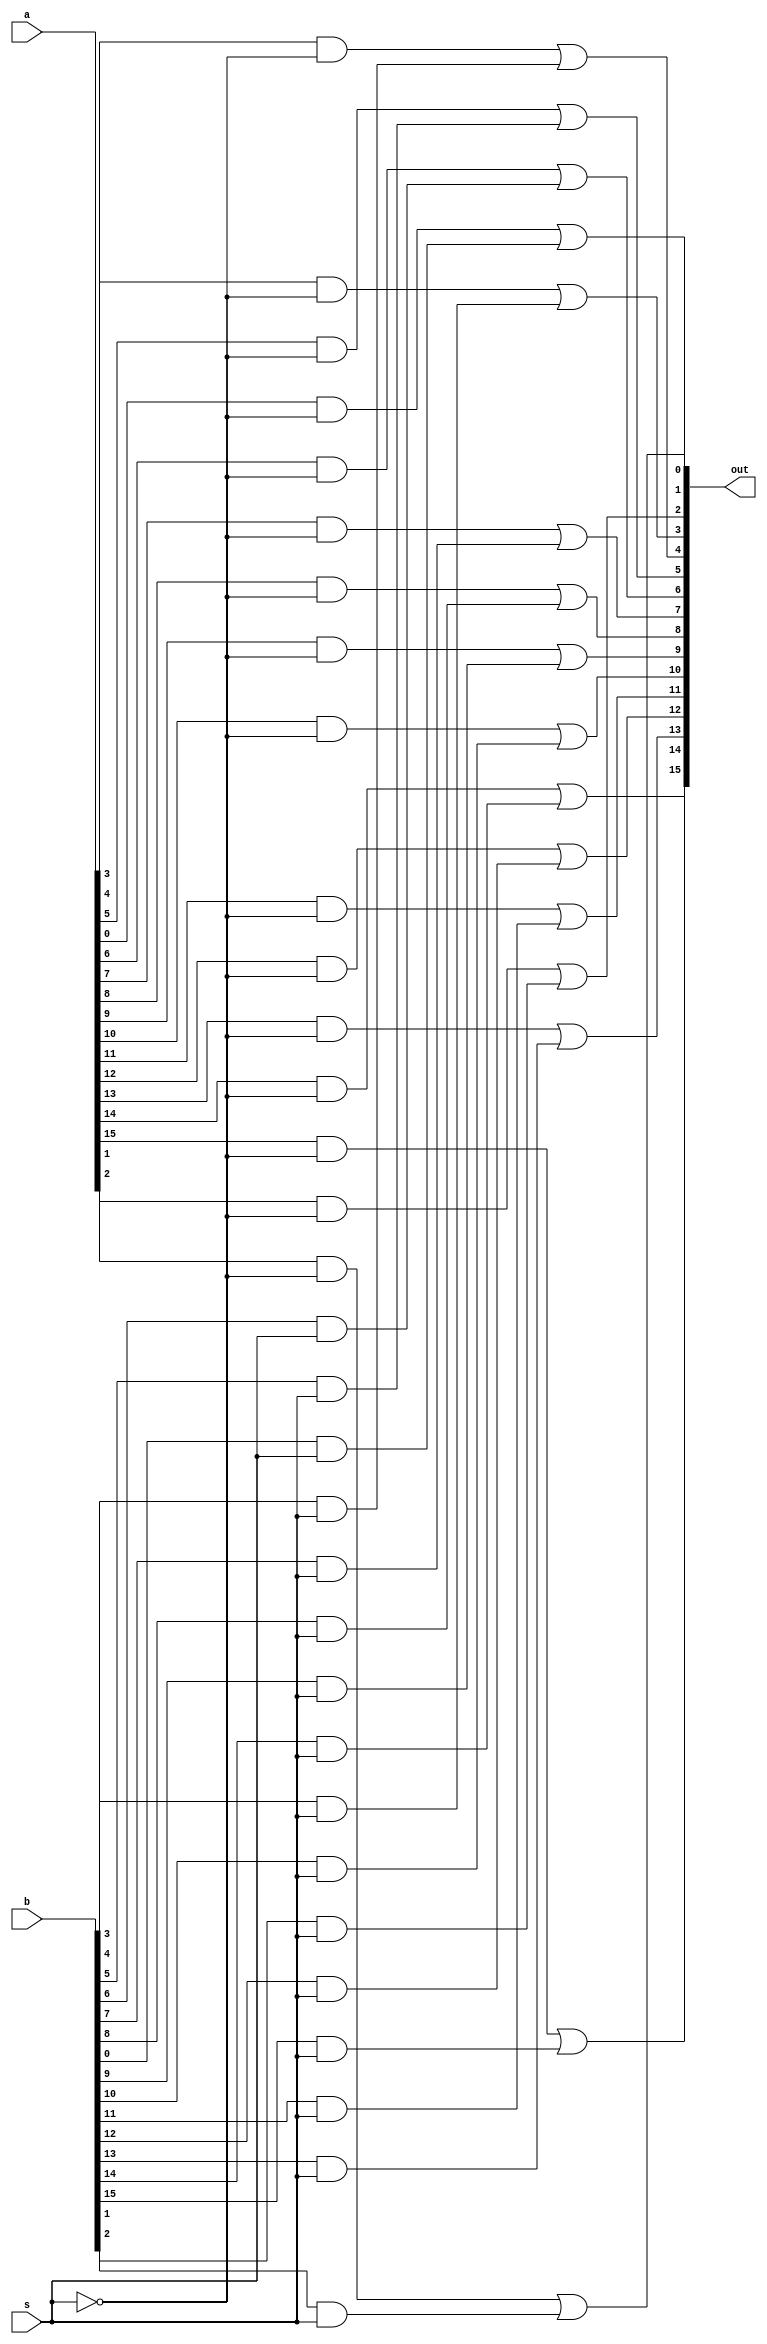
module MUX (out, a, b, s);
 parameter width = 16;
 output [width-1:0] out;
 input [width-1:0] a, b;
 input s;
 
 wire [width-1:0] and_a, and_b;
 wire ns;
 
 not (ns, s);
 
 genvar i;
 generate for(i=0; i<width; i=i+1) begin:mux_loop
  and (and_a[i], a[i], ns);
  and (and_b[i], b[i], s);
  or (out[i], and_a[i], and_b[i]);
 end
 endgenerate

endmodule